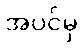
အပင်မှ